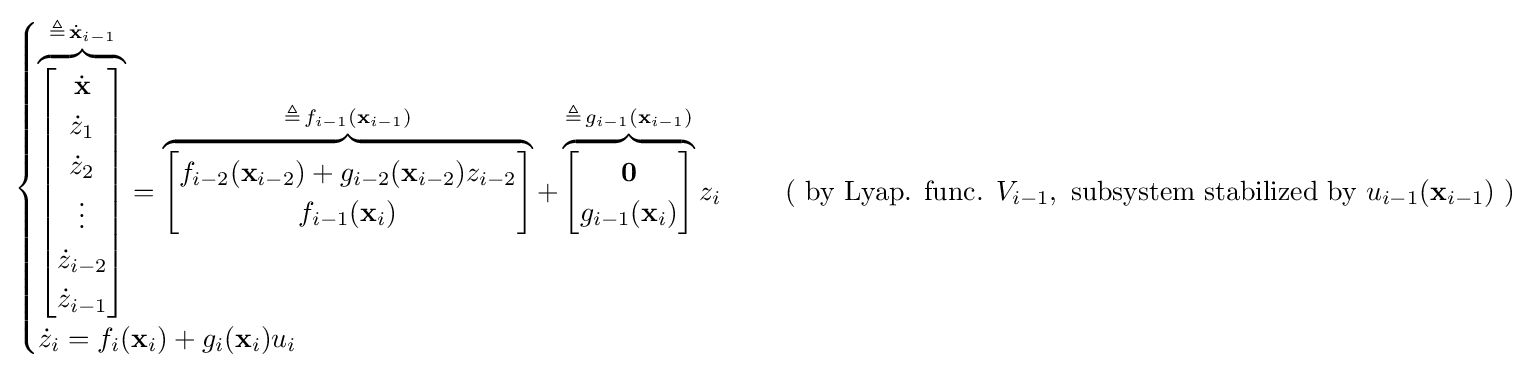
{\begin{cases}\overbrace {\begin{bmatrix}{\dot {\mathbf {x} }}\\{\dot {z}}_{1}\\{\dot {z}}_{2}\\\vdots \\{\dot {z}}_{i-2}\\{\dot {z}}_{i-1}\end{bmatrix}} ^{\triangleq \,{\dot {\mathbf {x} }}_{i-1}}=\overbrace {\begin{bmatrix}f_{i-2}(\mathbf {x} _{i-2})+g_{i-2}(\mathbf {x} _{i-2})z_{i-2}\\f_{i-1}(\mathbf {x} _{i})\end{bmatrix}} ^{\triangleq \,f_{i-1}(\mathbf {x} _{i-1})}+\overbrace {\begin{bmatrix}\mathbf {0} \\g_{i-1}(\mathbf {x} _{i})\end{bmatrix}} ^{\triangleq \,g_{i-1}(\mathbf {x} _{i-1})}z_{i}&\quad {\text{ ( by Lyap. func. }}V_{i-1},{\text{ subsystem stabilized by }}u_{i-1}({\textbf {x}}_{i-1}){\text{ )}}\\{\dot {z}}_{i}=f_{i}(\mathbf {x} _{i})+g_{i}(\mathbf {x} _{i})u_{i}\end{cases}}